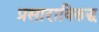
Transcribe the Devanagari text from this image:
प्रसाराविरुद्ध